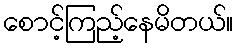
စောင့်ကြည့်နေမိတယ်။